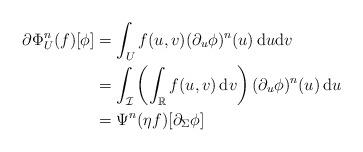
LaTeX: \begin{align*} \partial \Phi^n_{U} (f) [\phi] &= \int_U f(u, v) (\partial_u \phi)^n(u) \, \mathrm{d}u \mathrm{d}v \\ &= \int_{\mathcal{I}} \left( \int_{\mathbb{R}} f(u, v) \, \mathrm{d}v \right) (\partial_u \phi)^n(u) \, \mathrm{d}u \\ &= \Psi^n (\eta f) [\partial_{\Sigma} \phi] \end{align*}